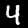
Label: 4